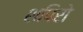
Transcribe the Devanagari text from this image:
शपिरो